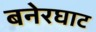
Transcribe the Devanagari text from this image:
बनेरघाट